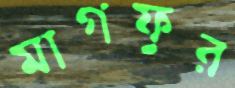
মাগফুর